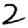
Digit: 2